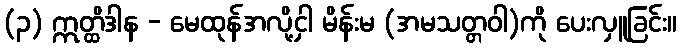
(၃) ဣတ္ထိဒါန - မေထုန်အလို့ငှါ မိန်းမ (အမသတ္တဝါ)ကို ပေးလှူခြင်း။